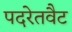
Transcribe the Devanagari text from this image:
पदरेतवैट